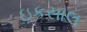
ઇકસાલ